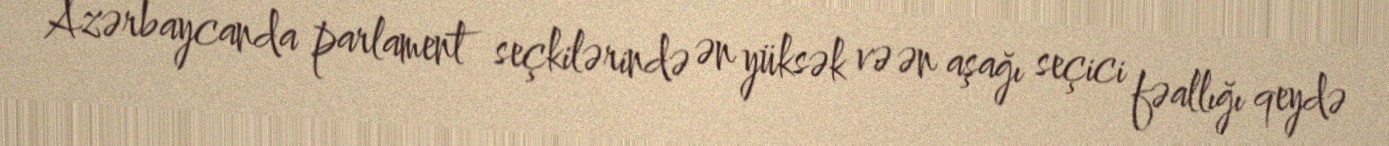
Azərbaycanda parlament seçkilərində ən yüksək və ən aşağı seçici fəallığı qeydə